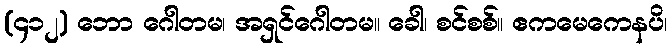
(၄၁၂) ဘော ဂေါတမ၊ အရှင်ဂေါတမ။ ခေါ၊ စင်စစ်။ ဧကမေကေနပိ၊